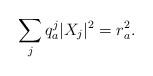
LaTeX: \begin{align*}\sum_{j}q^j_a |X_{j}|^2=r^2_a.\end{align*}